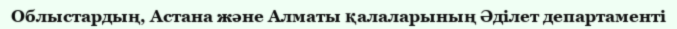
Облыстардың, Астана және Алматы қалаларының Әділет департаменті